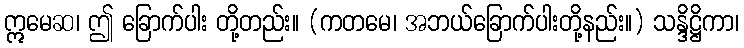
ဣမေဆ၊ ဤ ခြောက်ပါး တို့တည်း။ (ကတမေ၊ အဘယ်ခြောက်ပါးတို့နည်း။) သန္ဒိဋ္ဌိကာ၊